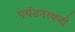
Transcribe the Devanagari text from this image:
पर्यटनस्‍थळी